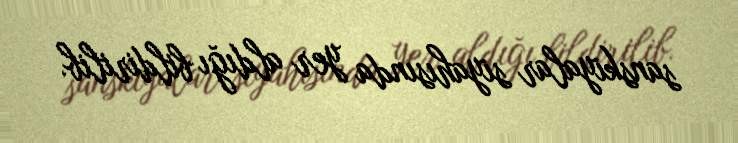
sanskiyalar siyahısında yer aldığı bildirilib.